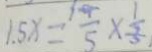
1 . 5 x = \frac { 9 } { 5 } \times \frac { 1 } { 3 }